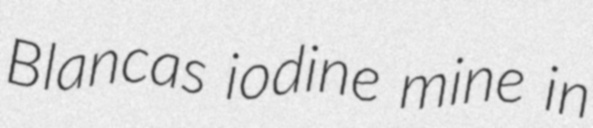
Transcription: Blancas iodine mine in